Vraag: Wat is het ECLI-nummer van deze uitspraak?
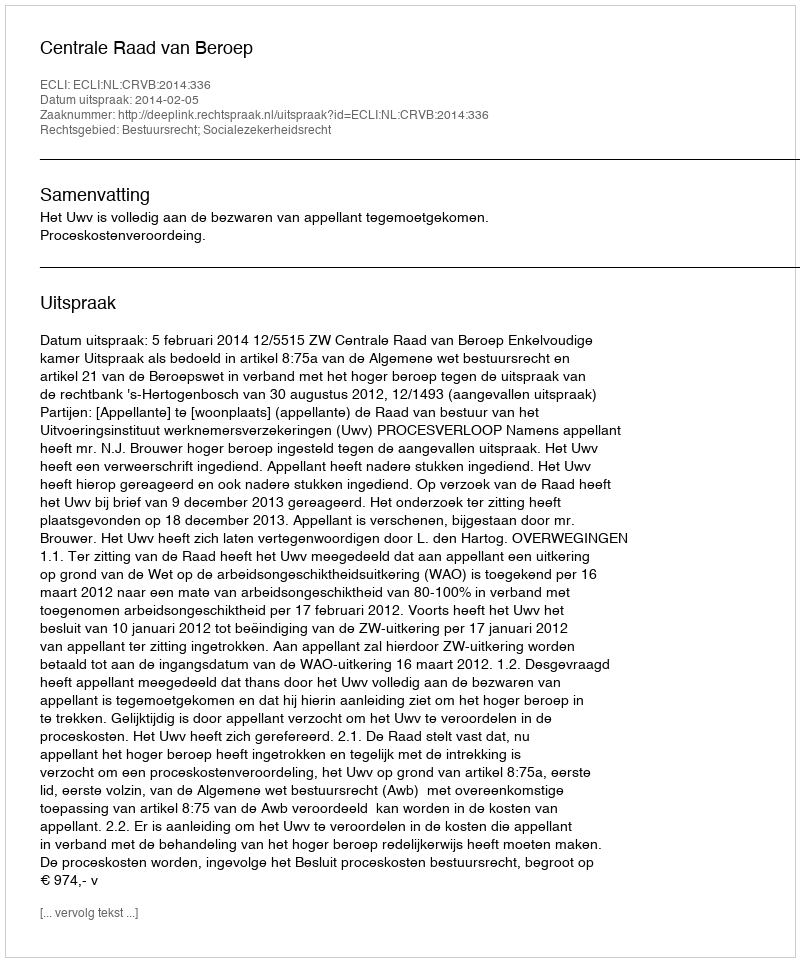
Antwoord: ECLI:NL:CRVB:2014:336